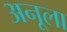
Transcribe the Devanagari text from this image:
अनूला